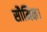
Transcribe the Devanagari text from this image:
सौमिक।